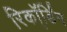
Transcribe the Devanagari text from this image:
रिकॉ्र्डिंग